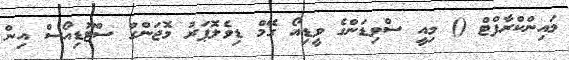
މައިންކްރާފްޓް () މިއީ ސްވިޑަންގެ ވީޑިއޯ ގޭމް ޑިވެލޮޕަރު މޮޖަންގް ސްޓޫޑިއޯސް އިން